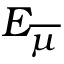
E _ { \overline { { \mu } } }